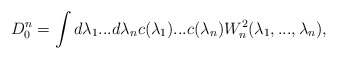
\begin{align*}D_0^n=\int d\lambda_1...d\lambda_n c(\lambda_1)...c(\lambda_n)W_n^2(\lambda_1,...,\lambda_n),\end{align*}